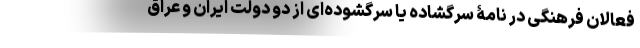
فعالان فرهنگی در نامۀ سرگشاده یا سرگشوده‌ای از دو دولت ایران و عراق